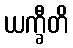
ယက္ခီတိ